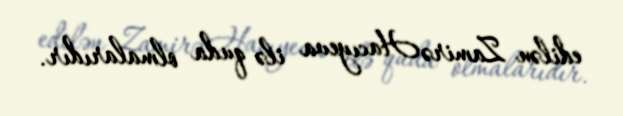
edilən Zamirə Hacıyeva ilə quda olmalarıdır.